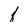
Character: l